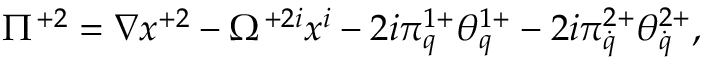
\Pi ^ { + 2 } = \nabla x ^ { + 2 } - \Omega ^ { + 2 i } x ^ { i } - 2 i \pi _ { q } ^ { 1 + } \theta _ { q } ^ { 1 + } - 2 i \pi _ { \dot { q } } ^ { 2 + } \theta _ { \dot { q } } ^ { 2 + } ,